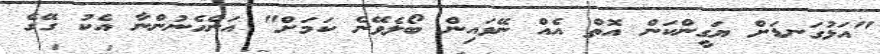
"އަޅުގަނޑަށް ޔަގީންކަން އޮތް އެއް ނޭވައިން ބޯލެވޭނެ ކަމަށް" އަންހެނުންނާ އެކު ގޭގެ